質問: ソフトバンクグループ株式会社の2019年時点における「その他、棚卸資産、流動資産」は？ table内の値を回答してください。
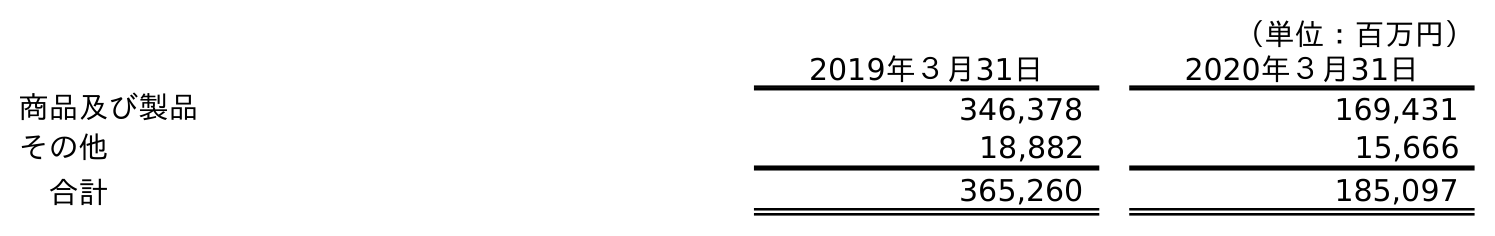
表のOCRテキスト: （単位：百万円） 2019年３月31日 2020年３月31日 商品及び製品 346,378 169,431 その他 18,882 15,666 合計 365,260 185,097
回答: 18,882